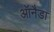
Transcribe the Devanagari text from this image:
ऑनैडा